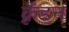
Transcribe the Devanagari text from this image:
क्रैंडन